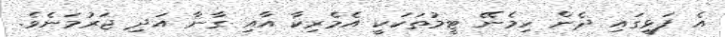
އެ ފަޅީގައި ދެން ހިމެނޭ ޓީމުތަކަކީ އެމެރިކާ އާއި ގާނާ އަދި ޖަރުމަނެވެ.